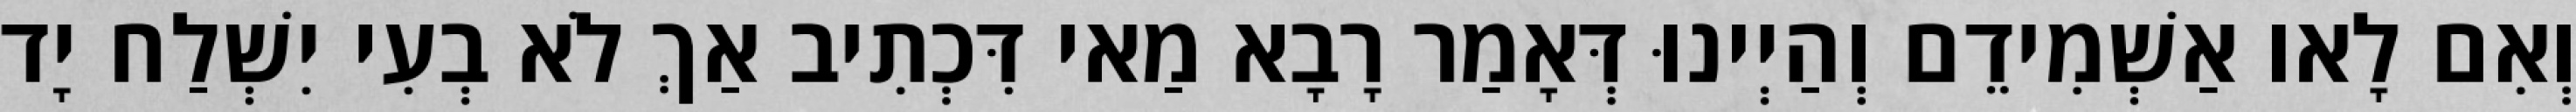
וְאִם לָאו אַשְׁמִידֵם וְהַיְינוּ דְּאָמַר רָבָא מַאי דִּכְתִיב אַךְ לֹא בְעִי יִשְׁלַח יָד